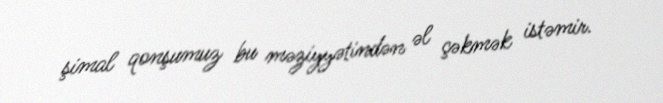
şimal qonşumuz bu məziyyətindən əl çəkmək istəmir.